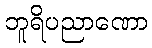
ဘူရိပညာဏော